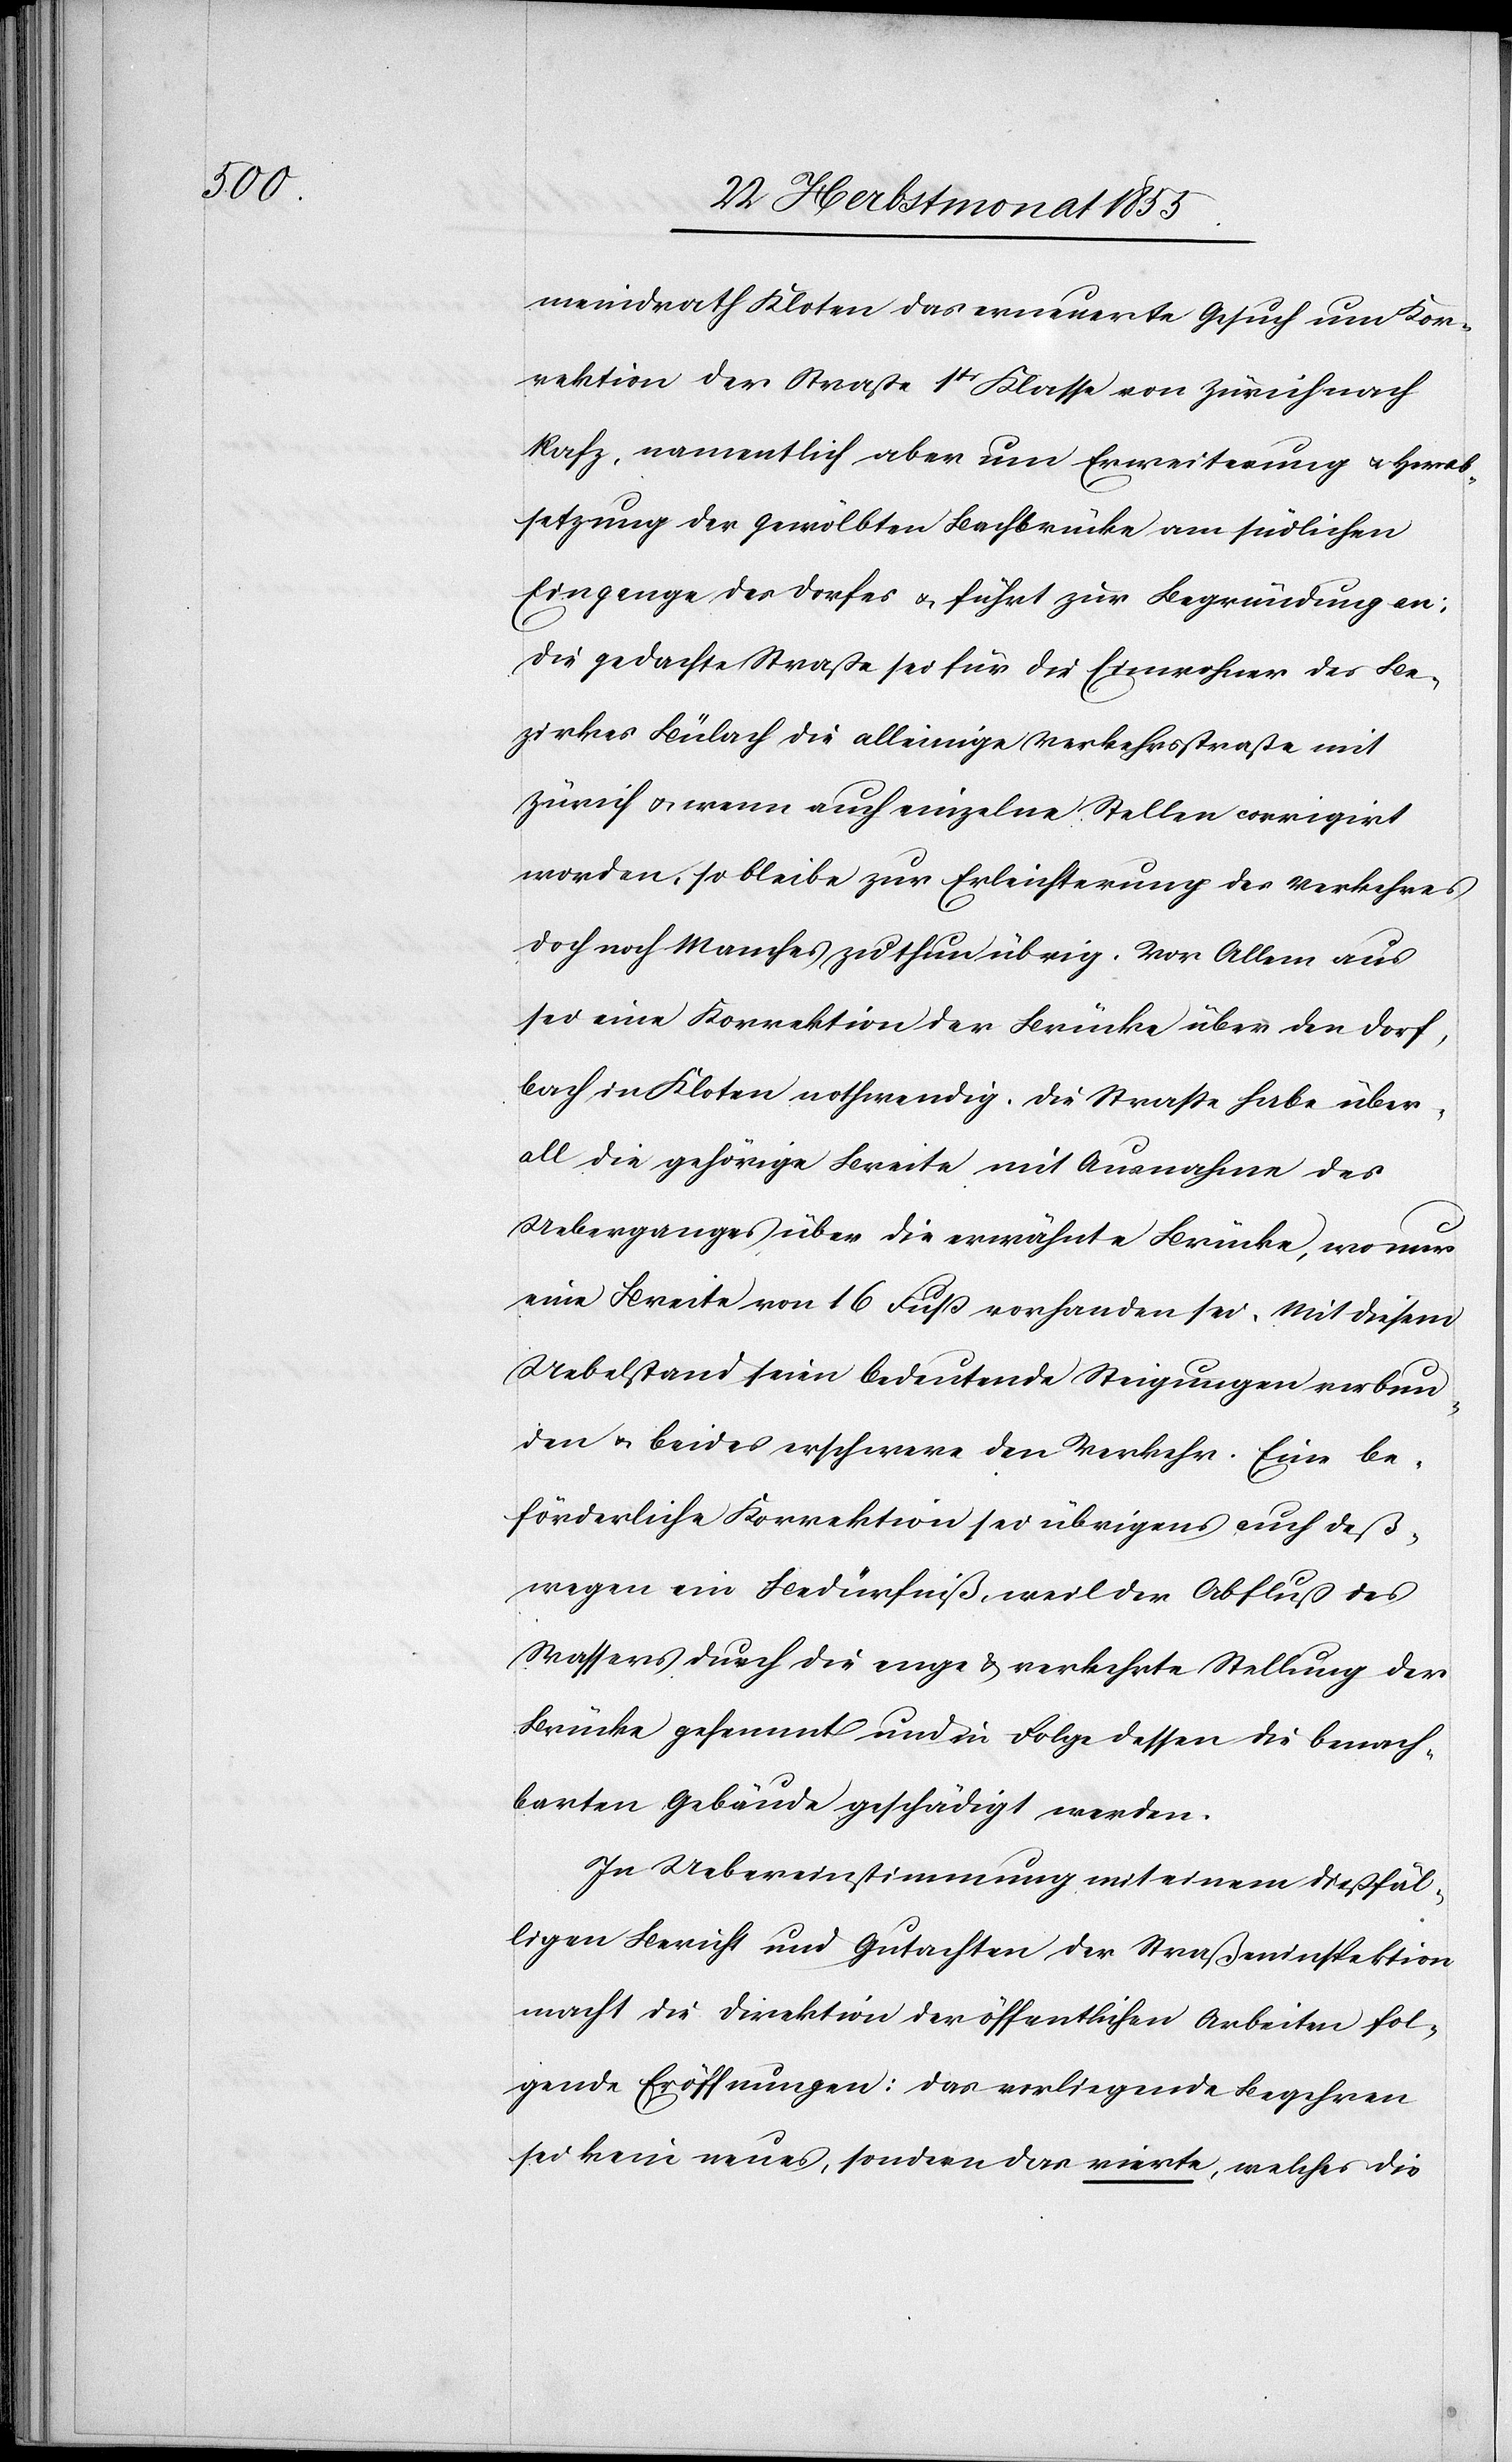
meindrath Kloten das erneuerte Gesuch um Kor¬
rektion der Straße 1tr Klasse von Zürich nach
Rafz, namentlich aber um Erweiterung & Herab¬
setzung der gewölbten Bachbrücke am südlichen
Eingange des Dorfes & führt zur Begründung an:
Die gedachte Straße sei für die Einwohner des Be¬
zirkes Bülach die alleinige Verkehrsstraße mit
Zürich & wenn auch einzelne Stellen corrigirt
worden, so bleibe zur Erleichterung des Verkehres
doch noch Manches zu thun übrig. Vor Allem aus
sei eine Korrektion der Brücke über den Dorf¬
bach in Kloten nothwendig. Die Strasse habe über¬
all die gehörige Breite mit Ausnahme des
Ueberganges über die erwähnte Brücke, wo nur
eine Breite von 16 Fuß vorhanden sei. Mit diesem
Uebelstand seien bedeutende Steigungen verbun¬
den & beides erschwere den Verkehr. Eine be¬
förderliche Korrektion sei übrigens auch deß¬
wegen ein Bedürfniß, weil der Abfluß des
Wassers durch die enge & verkehrte Stellung der
Brücke gehemmt und in Folge dessen die benach¬
barten Gebäude geschädigt werden.
In Uebereinstimmung mit einem dießfäl¬
ligen Bericht und Gutachten der Straßeninspektion
macht die Direktion der öffentlichen Arbeiten fol¬
gende Eröffnungen: Das vorliegende Begehren
sei kein neues, sondern das vierte, welches die